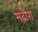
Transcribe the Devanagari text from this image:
मढ़ौरा